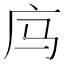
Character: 𰏲